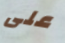
على